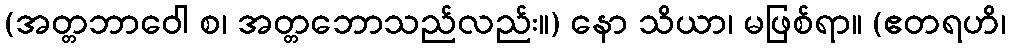
(အတ္တဘာဝေါ စ၊ အတ္တဘောသည်လည်း။) နော သိယာ၊ မဖြစ်ရာ။ (ဧတရဟိ၊